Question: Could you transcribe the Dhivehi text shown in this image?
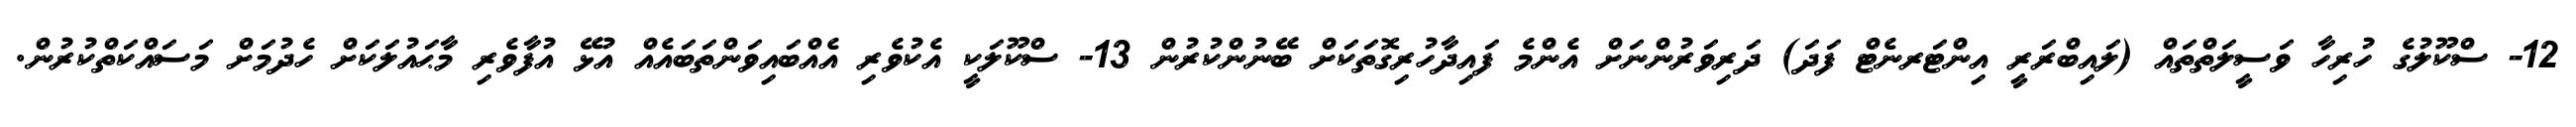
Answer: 12- ސްކޫލުގެ ހުރިހާ ވަސީލަތްތައް (ލައިބްރަރީ އިންޓަރނެޓް ފަދަ) ދަރިވަރުންނަށް އެންމެ ފައިދާހުރިގޮތަކަށް ބޭނުންކުރުން 13- ސްކޫލަކީ އެކުވެރި އެއްބައިވަންތަބައެއް އުޅޭ އުފާވެރި މާޙައުލަކަށް ހެދުމަށް މަސައްކަތްކުރުން.